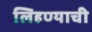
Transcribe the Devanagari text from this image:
लिहण्याची